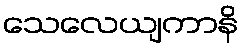
သေလေယျကာနိ